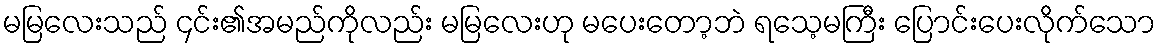
မမြလေးသည် ၄င်း၏အမည်ကိုလည်း မမြလေးဟု မပေးတော့ဘဲ ရသေ့မကြီး ပြောင်းပေးလိုက်သော